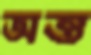
অন্ত